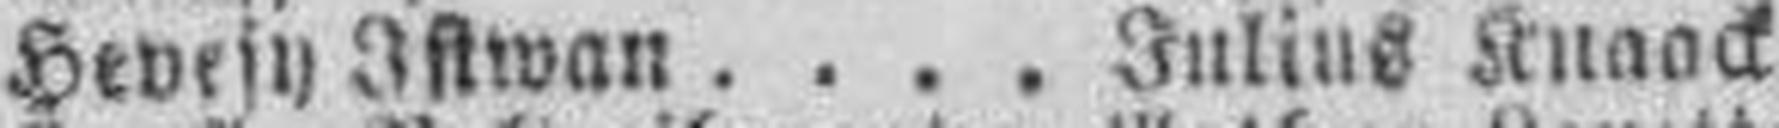
Hevesy Istwan . . . . Julius Knaack